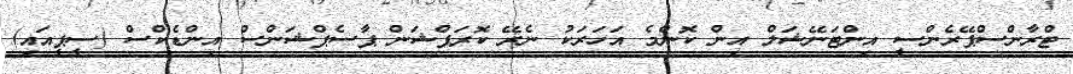
ޓްރާންސްޕޭރެންސީ އިންޓަނޭޝަލް އިން ކޮންމެ އަހަރަކު ނެރޭ ކޮރަޕްޝަން ޕާސެޕްޝަންސް އިންޑެކްސް (ސީޕީއައި)